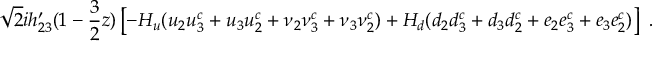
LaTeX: \sqrt { 2 } i h _ { 2 3 } ^ { \prime } ( 1 - { \frac { 3 } { 2 } } z ) \left[ - H _ { u } ( u _ { 2 } u _ { 3 } ^ { c } + u _ { 3 } u _ { 2 } ^ { c } + \nu _ { 2 } \nu _ { 3 } ^ { c } + \nu _ { 3 } \nu _ { 2 } ^ { c } ) + H _ { d } ( d _ { 2 } d _ { 3 } ^ { c } + d _ { 3 } d _ { 2 } ^ { c } + e _ { 2 } e _ { 3 } ^ { c } + e _ { 3 } e _ { 2 } ^ { c } ) \right] ~ .